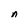
Character: n